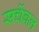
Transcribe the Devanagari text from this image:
सर्चेबल